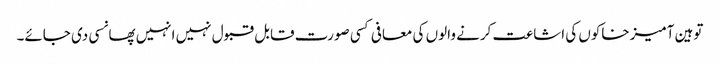
توہین آمیز خاکوں کی اشاعت کرنے والوں کی معافی کسی صورت قابل قبول نہیں انہیں پھانسی دی جائے۔